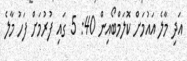
އަދި މާލެ އައުމަށް ކޮލަމްބޯއިން 40: 5 ގައި ފުރުމަށް ފަހު މާލެ